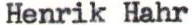
Henrik Hahr